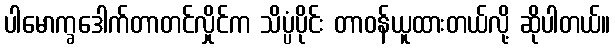
ပါမောက္ခဒေါက်တာတင်လှိုင်က သိပ္ပံပိုင်း တာဝန်ယူထားတယ်လို့ ဆိုပါတယ်။